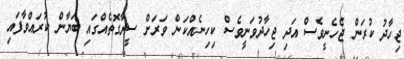
ޖިހާދު ކުރަން ޖެހެނީވެސް އަދި ޖިހާދުވަނީވެސް ކިހިނެއްކަން ވަރަށް ސީދާގޮތެއްގައި ބަޔާން ކުރައްވާފައި